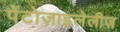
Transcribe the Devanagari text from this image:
पेंटोज़ाइलेलीज़